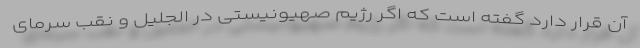
آن قرار دارد گفته است که اگر رژیم صهیونیستی در الجلیل و نقب سرمای